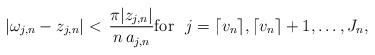
LaTeX: \begin{align*}|\omega_{j,n} - z_{j,n}| < \, \frac{\pi |z_{j,n}|}{ n \, a_{j,n}} \mbox{for}~~ j = \lceil v_n \rceil,\lceil v_n \rceil+1, \ldots, J_n ,\end{align*}